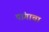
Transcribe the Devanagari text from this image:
पांगाचा